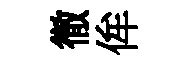
徹侔